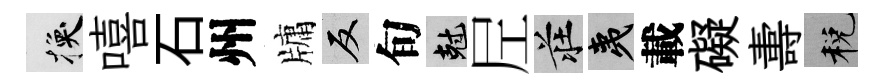
换嘻石州牗反旬剋𡰱莊夷載礙夀税